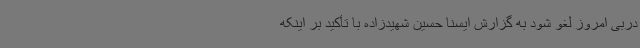
دربی امروز لغو شود به گزارش ایسنا حسین شهیدزاده با تأکید بر اینکه